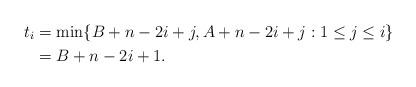
LaTeX: \begin{align*}t_i&=\min\{B+n-2i+j,A+n-2i+j:1\le j\le i\}\\&=B+n-2i+1.\end{align*}